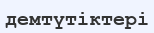
демтүтіктері